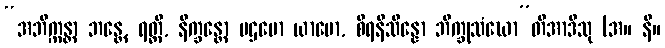
“အဘိက္ကန္တာ ဘန္တေ, ရတ္တိ, နိက္ခန္တော ပဌမော ယာမော, စိရနိသိန္နော ဘိက္ခုသံဃော”တိအာဒီသု (အ။ နိ။